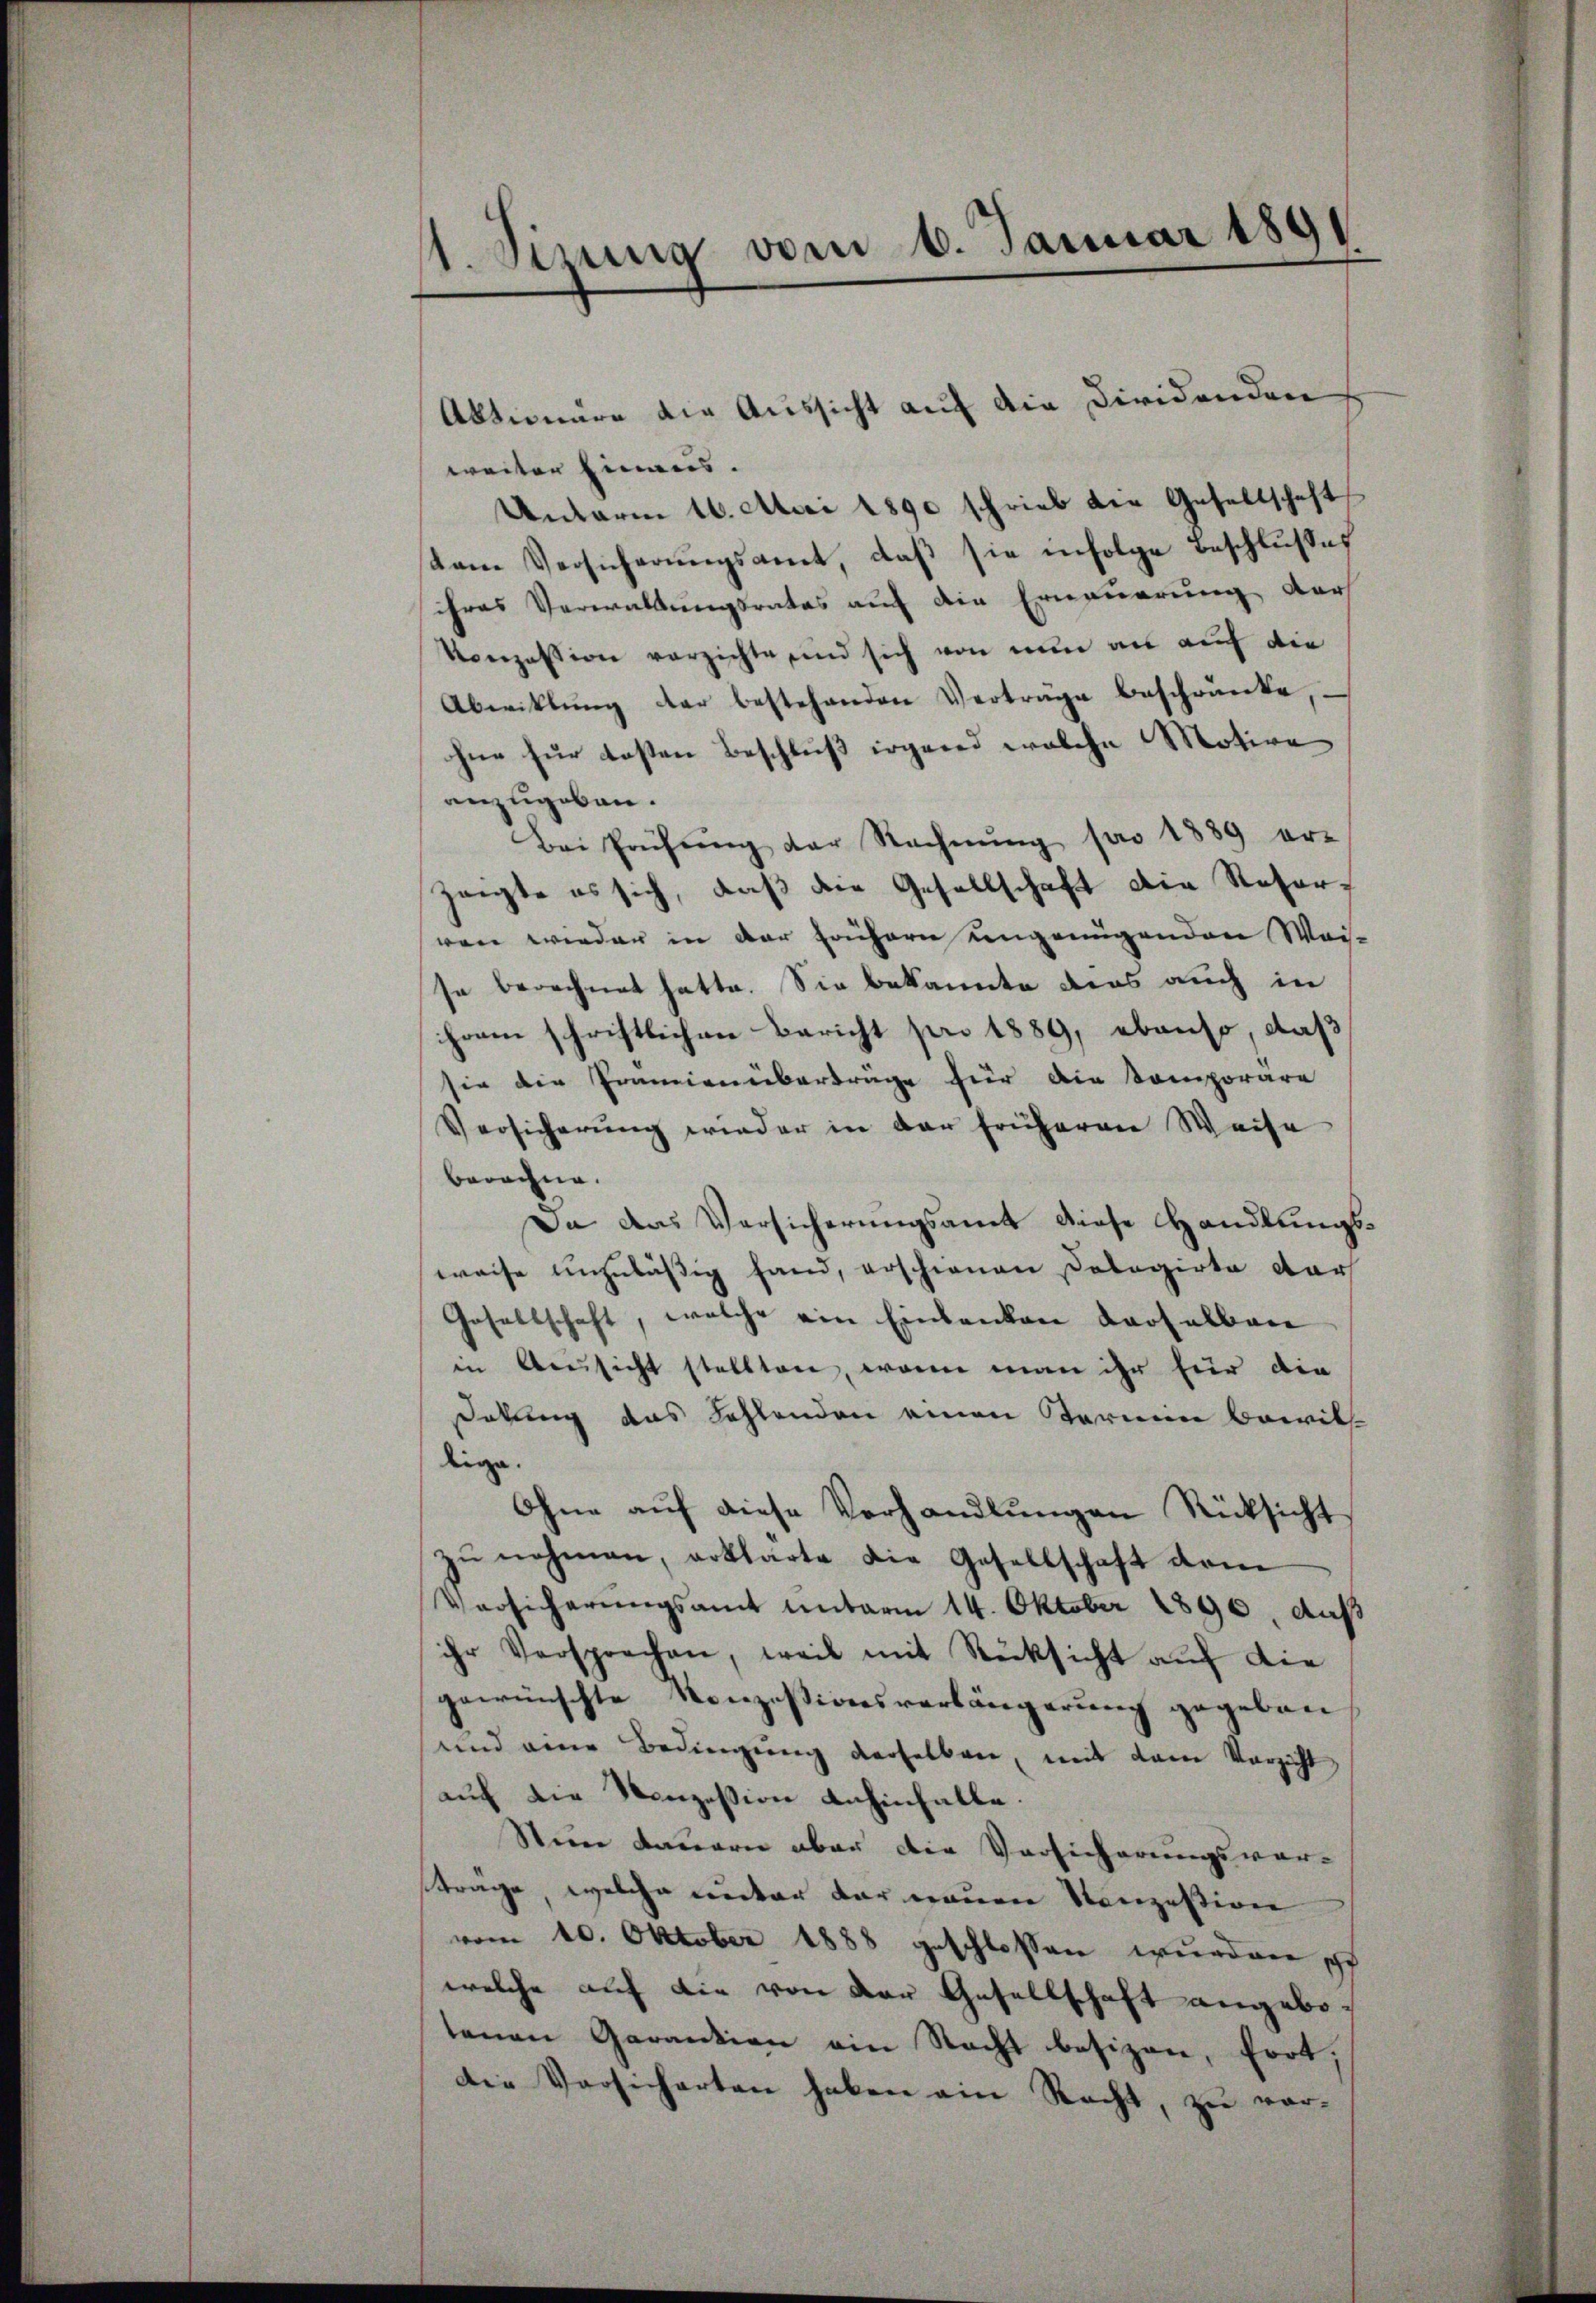
1. Sinung vom 6. Januar 1891

weiter Einaus. |
Unterm 16. Avai 1890 schrieb die Gesellschaft
dem Versicherŭngsamt, daβ sie infolge Beschlußes
ihres Verwaltungsrates auf die Erneuerung der
Konzession verzichte sind sich von nun an auf die
Abwicklung der bestehenden Vertrage beschränke,
hne für kosten Beschluß irgend welche Motive
anzugeben.
Bei Prüfŭng der Rechnŭng pro 1889 er-
zeigte es sich, daß die Gesellschaft die Resorren wieder in der frühern ungenügenden Wai-
se berechnet hatte. Sie bekannte dies auch in
hram schriftlichen Bericht pro 1889, ebenso, daß
sie die Prämien überträge für die Komporäre
Versicherŭng wieder in der früheren Weise
berechne.
Da das Versicherungsamt diese Handlungsweise unzuläßig fand, erschienen Dolagirte dar
Gesellschaft, welche ein Einbanken derselben
in Aeussicht stellten, wenn man ihr für die
dekung das Fehlenden einen Berein Breit
lige.
Ohne aŭf diese Verhandlŭngen Rücksicht
zŭ nehmen, erklärte die Gesellschaft vom
Versicherungsamt unterm 14. Oktober 1890, auß
ihr Versprechen, weil mit Rücksicht aŭf die
gewünschte Konzessionsverlängerung gegeben
und eine Bedingung derselben, mit dem Verzicht,
auch die Konzession anhinfalle.
Steine Dauern aber die Versicherungsver-
trage, welche unter der neuen Konzession
vom 10. Oktober 1888 geschlossen wurden p
welche auf die von der Gesellschaft angebo
tenen Garantion ein Nacht besizen, fort,
die Versicherten haben ein Recht, zu vor¬

Aktionäre die Aussicht auf die Diridenden